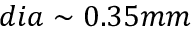
d i a \sim 0 . 3 5 m m